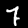
Digit: 7